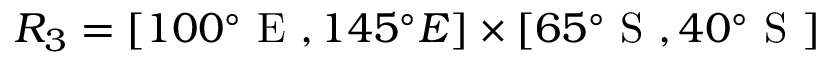
R _ { 3 } = [ 1 0 0 ^ { \circ } \mathrm { ~ E ~ } , 1 4 5 ^ { \circ } { E } ] \times [ 6 5 ^ { \circ } \mathrm { ~ S ~ } , 4 0 ^ { \circ } \mathrm { ~ S ~ } ]